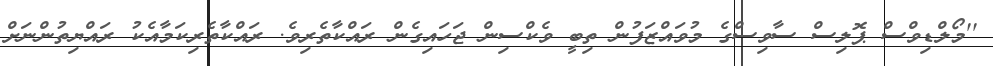
''މޯލްޑިވްސް ޕޮލިސް ސާވިސްގެ މުވައްޒަފުން ތިބީ ވެކްސިން ޖަހައިގެން ރައްކާތެރިވެ. ރައްކާތެރިކަމާއެކު ރައްޔިތުންނަށް